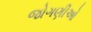
જોગણીઓ